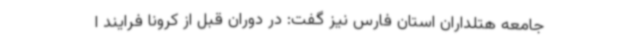
جامعه هتلداران استان فارس نیز گفت: در دوران قبل از کرونا فرایند ا